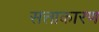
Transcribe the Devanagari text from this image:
सत्ताकारण